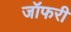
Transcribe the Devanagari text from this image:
जॉफरी